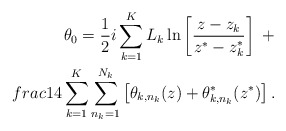
\begin{align*}\theta_0=\frac{1}{2}i\sum_{k=1}^KL_k\ln\left[\frac{z-z_k}{z^*-z^*_k}\right]\ +\\frac{1}{4}\sum_{k=1}^K\sum_{n_k=1}^{N_k}\left[\theta_{k,n_k}(z)+\theta^*_{k,n_k}(z^*)\right].\end{align*}